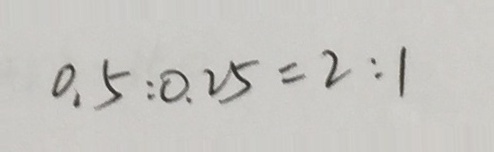
0 . 5 : 0 . 2 5 = 2 : 1